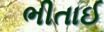
ભીતાઈ